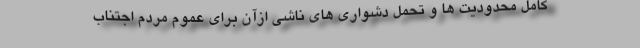
کامل محدودیت ها و تحمل دشواری های ناشی ازآن برای عموم مردم اجتناب